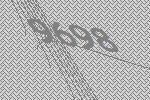
9698